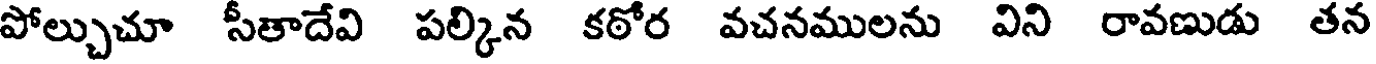
పోల్చుచూ సీతాదేవి పల్కిన కఠోర వచనములను విని రావణుడు తన